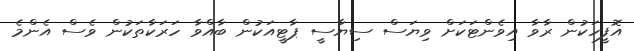
އޮފީހަކުން ރާވާ އިވެންޓަކަށް ވިޔަސް ސިޔާސީ ޕާޓީއަކުން ބާއްވާ ހަރަކާތަކުން ވެސް އެންމެ